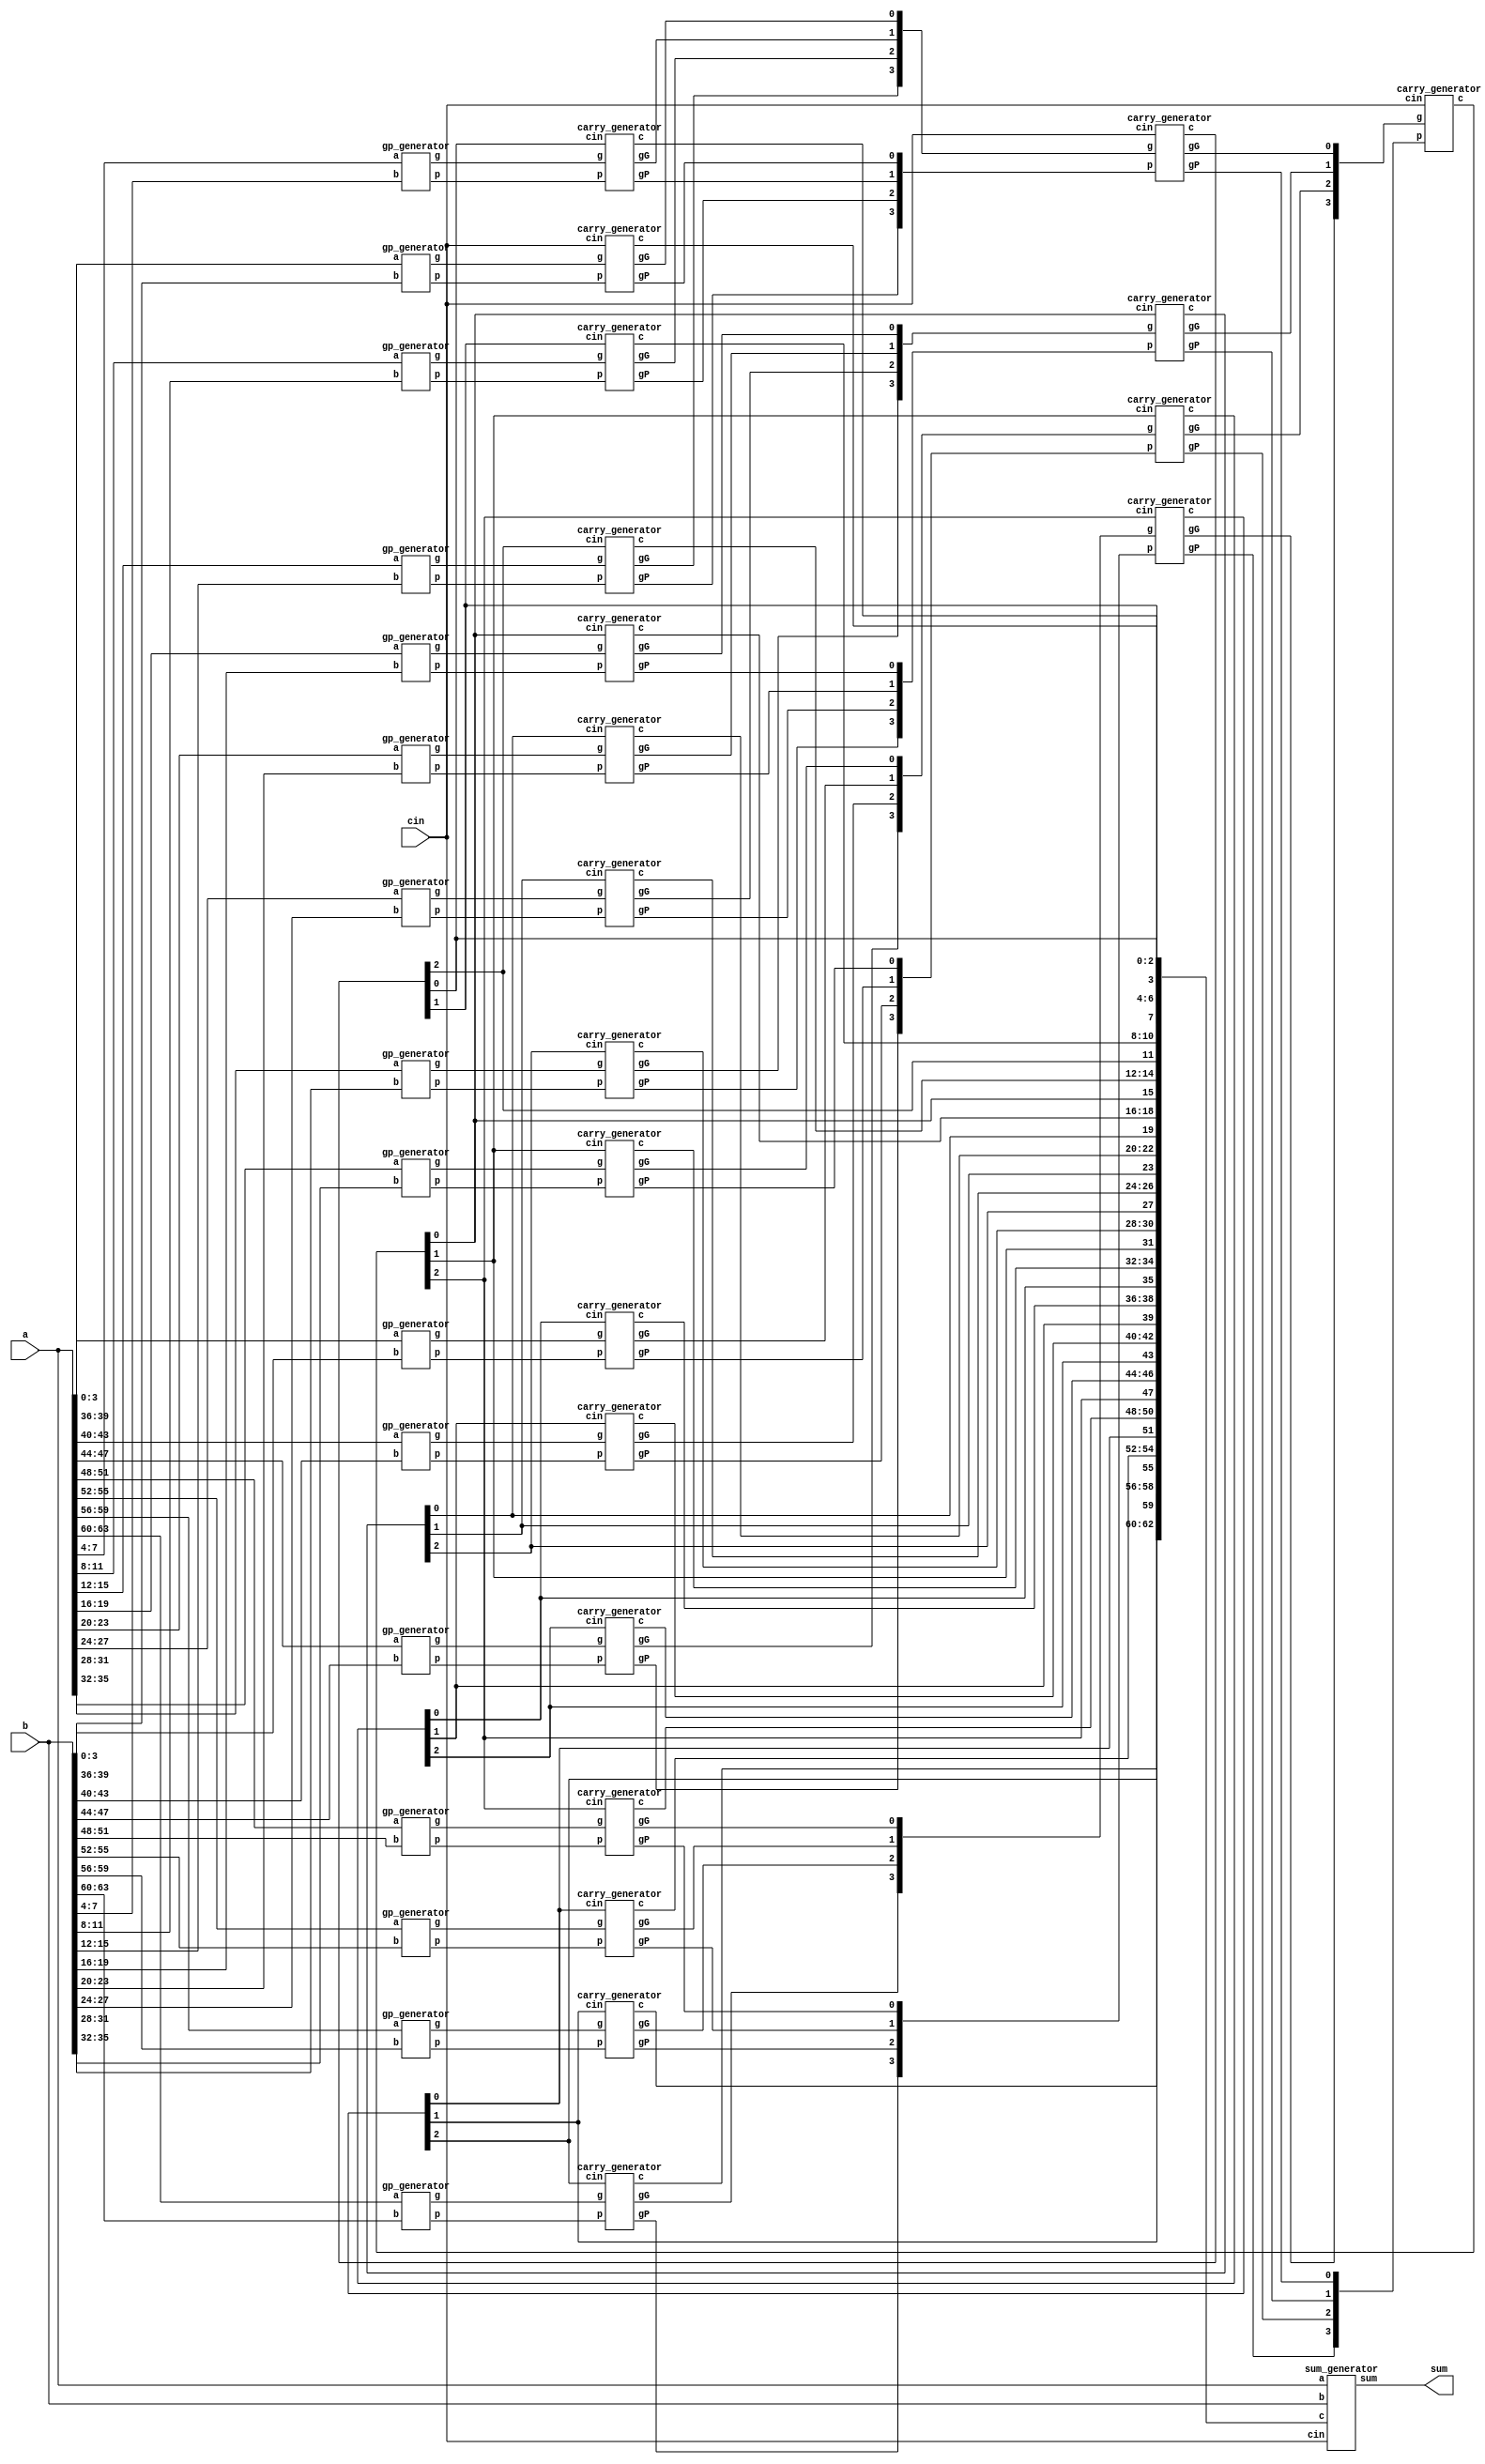
module CLA_64bit(a,b,cin,sum);

    input [63:0] a,b;
    input cin;
    output [63:0] sum;
    
    wire [63:0] g,p;
    wire [63:1] c;
    wire [15:0] gG,gP;
    wire [3:0] GG,PP;
    //Write down your design here ---//
	
	  //generate g & p
    gp_generator gp1( a[3:0]   ,b[3:0]  ,g[3:0]  ,p[3:0]);
    gp_generator gp2( a[7:4]   ,b[7:4]  ,g[7:4]  ,p[7:4]);
    gp_generator gp3( a[11:8]  ,b[11:8] ,g[11:8] ,p[11:8]);
    gp_generator gp4( a[15:12] ,b[15:12],g[15:12],p[15:12]);
    gp_generator gp5( a[19:16] ,b[19:16],g[19:16],p[19:16]);
    gp_generator gp6( a[23:20] ,b[23:20],g[23:20],p[23:20]);
    gp_generator gp7( a[27:24] ,b[27:24],g[27:24],p[27:24]);
    gp_generator gp8( a[31:28] ,b[31:28],g[31:28],p[31:28]);
    gp_generator gp9( a[35:32] ,b[35:32],g[35:32],p[35:32]);
    gp_generator gp10( a[39:36],b[39:36],g[39:36],p[39:36]);
    gp_generator gp11( a[43:40],b[43:40],g[43:40],p[43:40]);
    gp_generator gp12( a[47:44],b[47:44],g[47:44],p[47:44]);
    gp_generator gp13( a[51:48],b[51:48],g[51:48],p[51:48]);
    gp_generator gp14( a[55:52],b[55:52],g[55:52],p[55:52]);
    gp_generator gp15( a[59:56],b[59:56],g[59:56],p[59:56]);
    gp_generator gp16( a[63:60],b[63:60],g[63:60],p[63:60]);
		
	  //generate gG & gP, generate carries c0, c4, c8, c12, ... , c60

	
    carry_generator c0( g[3:0]  ,p[3:0]  ,cin ,c[3:1]  ,gG[0],gP[0]);
	carry_generator c4( g[7:4]  ,p[7:4]  ,c[4] ,c[7:5]  ,gG[1],gP[1]);
	carry_generator c8( g[11:8] ,p[11:8] ,c[8] ,c[11:9] ,gG[2],gP[2]);
	carry_generator c12( g[15:12],p[15:12],c[12] ,c[15:13],gG[3],gP[3]);
	carry_generator c16( g[19:16],p[19:16],c[16] ,c[19:17],gG[4],gP[4]);
	carry_generator c20( g[23:20],p[23:20],c[20] ,c[23:21],gG[5],gP[5]);
	carry_generator c24( g[27:24],p[27:24],c[24] ,c[27:25],gG[6],gP[6]);
	carry_generator c28( g[31:28],p[31:28],c[28] ,c[31:29],gG[7],gP[7]);
	carry_generator c32( g[35:32],p[35:32],c[32] ,c[35:33],gG[8],gP[8]);
	carry_generator c36( g[39:36],p[39:36],c[36] ,c[39:37],gG[9],gP[9]);
	carry_generator c40( g[43:40],p[43:40],c[40],c[43:41],gG[10],gP[10]);
	carry_generator c44( g[47:44],p[47:44],c[44],c[47:45],gG[11],gP[11]);
	carry_generator c48( g[51:48],p[51:48],c[48],c[51:49],gG[12],gP[12]);
	carry_generator c52( g[55:52],p[55:52],c[52],c[55:53],gG[13],gP[13]);
	carry_generator c56 (g[59:56],p[59:56],c[56],c[59:57],gG[14],gP[14]);
	carry_generator c60( g[63:60],p[63:60],c[60],c[63:61],gG[15],gP[15]);


    carry_generator c4812( gG[3:0]  ,gP[3:0]  ,cin,{c[12],c[8],c[4]} ,GG[0],PP[0]);
	carry_generator c202428( gG[7:4]  ,gP[7:4]  ,c[16],{c[28],c[24],c[20]} ,GG[1],PP[1]);
	carry_generator c364044( gG[11:8] ,gP[11:8] ,c[32],{c[44],c[40],c[36]},GG[2],PP[2]);
	carry_generator c525660( gG[15:12],gP[15:12],c[48],{c[60],c[56],c[52]},GG[3],PP[3]);

    carry_generator c163248(GG[3:0],PP[3:0],cin,{c[48],c[32],c[16]}, , );

	  //generate all carries

		
	 sum_generator sum_gen1( a   ,b  ,cin,c[63:1]  ,sum);	
	    
  		
	  //generate sum

    
    //-------------------------------//

endmodule

module gp_generator(a,b,g,p);

    input [3:0] a,b;
    output [3:0] g,p;

    assign g = a & b;
    assign p = a | b;

endmodule

module carry_generator(g,p,cin,c,gG,gP);

    input [3:0] g,p;
    input cin;
    output gG,gP;
    output [3:1] c;

	assign gG = g[3] | (p[3] & g[2]) | (p[3] & p[2] & g[1]) | (p[3] & p[2] & p[1] & g[0]);
	assign gP = p[3] & p[2] & p[1] & p[0];

    assign c[1] = g[0] | (p[0] & cin);
    assign c[2] = g[1] | (p[1] & g[0]) | (p[1] & p[0] & cin);
    assign c[3] = g[2] | (p[2] & g[1]) | (p[2] & p[1] & g[0]) | (p[2] & p[1] & p[0] & cin);

endmodule

module sum_generator(a,b,cin,c,sum);

    input [63:0] a,b;
    input cin;
    input [63:1] c;
    output [63:0] sum;
	

    assign sum = a ^ b ^ {c,cin};

endmodule